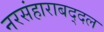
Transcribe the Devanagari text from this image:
नरसंहाराबद्दल